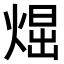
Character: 𤋪